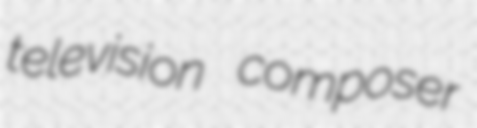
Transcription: television composer